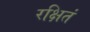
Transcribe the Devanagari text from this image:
रक्षितं